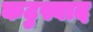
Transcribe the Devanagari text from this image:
कटुस्वाद